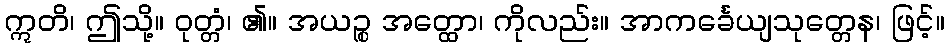
ဣတိ၊ ဤသို့။ ဝုတ္တံ၊ ၏။ အယဉ္စ အတ္ထော၊ ကိုလည်း။ အာကင်္ခေယျသုတ္တေန၊ ဖြင့်။